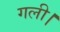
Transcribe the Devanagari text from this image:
गली।